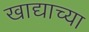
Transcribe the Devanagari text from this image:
खाद्याच्या